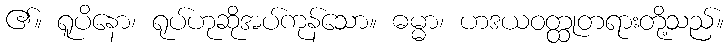
၏။ ရူပိနော၊ ရုပ်ဟုဆိုအပ်ကုန်သော။ ဓမ္မာ၊ ဟဒယဝတ္ထုတရားတို့သည်။